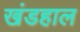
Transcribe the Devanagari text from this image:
खंडहाल